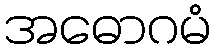
အဓောဂမံ